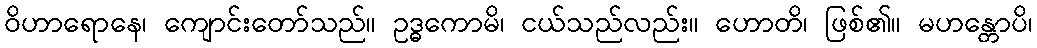
ဝိဟာရောနေ၊ ကျောင်းတော်သည်။ ဥဒ္ဓကောမိ၊ ငယ်သည်လည်း။ ဟောတိ၊ ဖြစ်၏။ မဟန္တောပိ၊